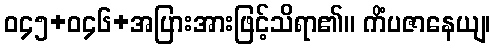
ဝ၄၅+ဝ၄၆+အပြားအားဖြင့်သိရာ၏။ ကိံပဇာနေယျ၊